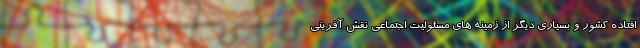
افتاده کشور و بسیاری دیگر از زمینه های مسئولیت اجتماعی نقش آفرینی